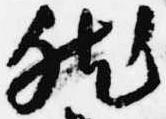
然